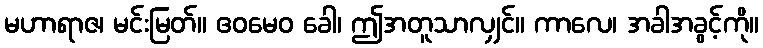
မဟာရာဇ၊ မင်းမြတ်။ ဧဝမေဝ ခေါ၊ ဤအတူသာလျှင်။ ကာလေ၊ အခါအခွင့်ကို။